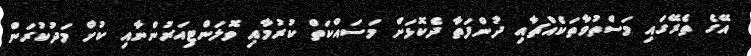
އޭގެ ތެރޭގައި މަސްތުވާތަކެއްޗާއި ދުންފަތާ ދެކޮޅަށް މަސައްކަތް ކުރުމާއި ވޮލަންޓިއަރުންނާއި ކުށް މަދުކުރަން